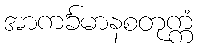
အာကင်္ခမာနစတုက္ကံ